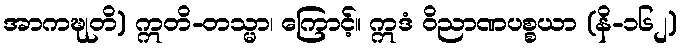
အာကဍ္ဎုတိ) ဣတိ-တသ္မာ၊ ကြောင့်။ ဣဒံ ဝိညာဏပစ္စယာ (နိ-၁၆၂)